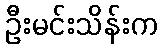
ဦးမင်းသိန်းက